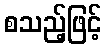
စသည့်ဖြင့်